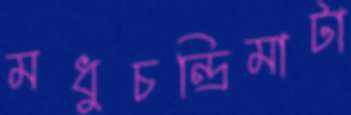
মধুচন্দ্রিমাটা